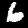
Digit: 6